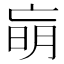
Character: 朚